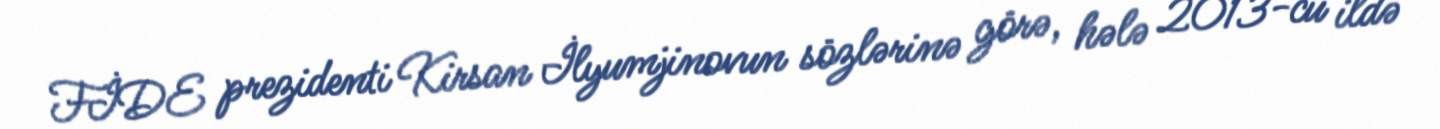
FİDE prezidenti Kirsan İlyumjinovun sözlərinə görə, hələ 2013-cü ildə